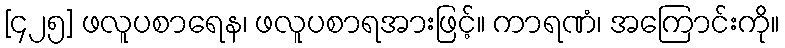
[၄၂၅] ဖလူပစာရေန၊ ဖလူပစာရအားဖြင့်။ ကာရဏံ၊ အကြောင်းကို။